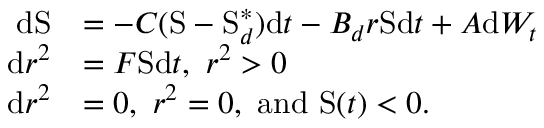
\begin{array} { r l } { \mathrm { d } \mathrm { S } } & { = - C ( \mathrm { S } - \mathrm { S } _ { d } ^ { \ast } ) \mathrm { d } t - B _ { d } r \mathrm { S } \mathrm { d } t + A \mathrm { d } W _ { t } } \\ { \mathrm { d } r ^ { 2 } } & { = F \mathrm { S } \mathrm { d } t , \mathrm { ~ } r ^ { 2 } > 0 } \\ { \mathrm { d } r ^ { 2 } } & { = 0 , \mathrm { ~ } r ^ { 2 } = 0 , \mathrm { ~ a n d ~ } \mathrm { S } ( t ) < 0 . } \end{array}